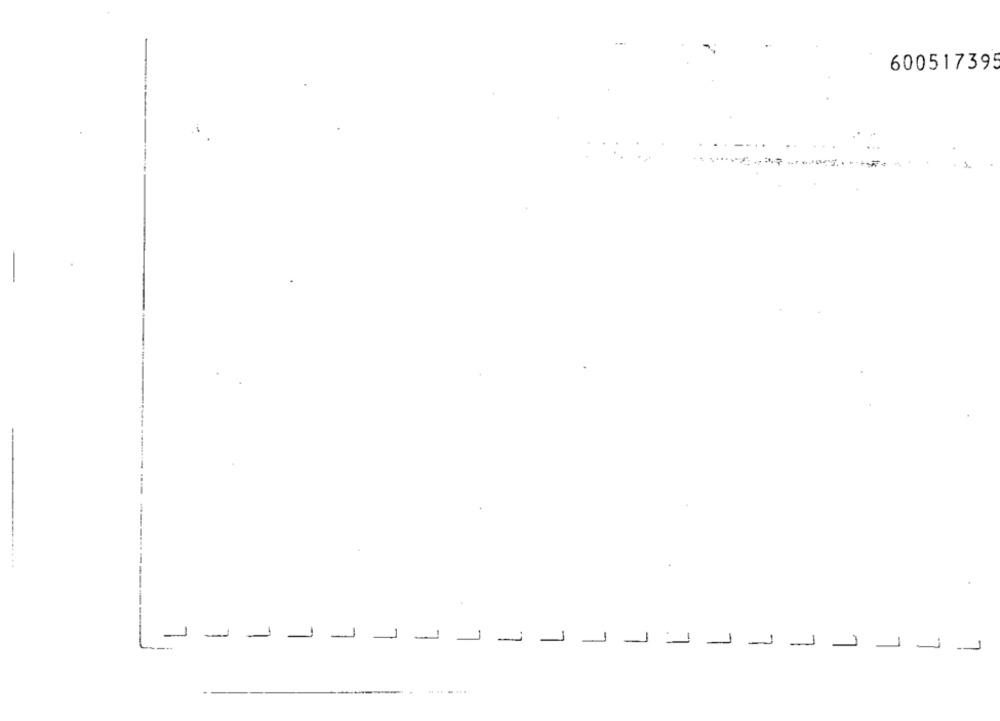
600517395
-----.
لـ
لـ
نـ
لـ
نـ
1
نـ
1